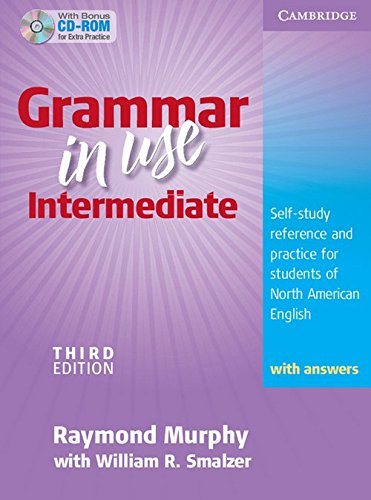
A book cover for Grammar in Use Intermediate Student's Book with Answers and CD-ROM: Self-study Reference and Practice for Students of North American English; Raymond Murphy; Politics & Social Sciences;